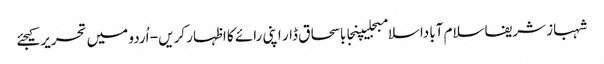
شہباز شریفاسلام آباداسلامبجلیپنجاباسحاق ڈار اپنی رائے کا اظہار کریں - اُردو میں تحریر کیجئے